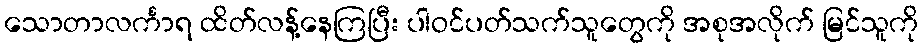
သောတာလင်္ကာရ ထိတ်လန့်နေကြပြီး ပါဝင်ပတ်သက်သူတွေကို အစုအလိုက် မြင်သူကို